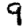
Digit: 9